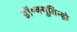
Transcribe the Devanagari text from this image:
डॉ॰क्यूतिन्हो